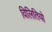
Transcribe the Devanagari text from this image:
विलितियो